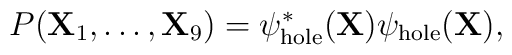
P({\bf X}_1,\ldots,{\bf X}_9) = \psi^*_{\rm hole}({\bf X})\psi_{\rm hole}({\bf X}),